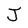
Character: J